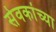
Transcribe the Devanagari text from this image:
सेवकांच्या